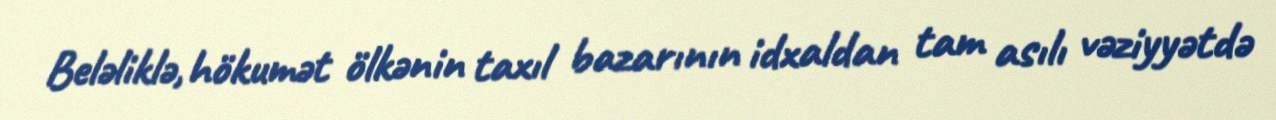
Beləliklə, hökumət ölkənin taxıl bazarının idxaldan tam asılı vəziyyətdə